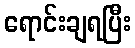
ရောင်းချရပြီး